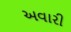
અવારી